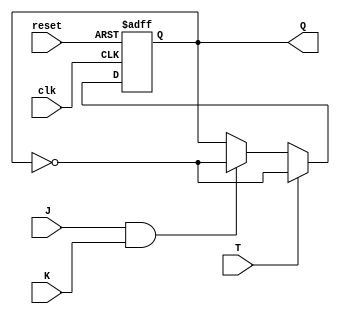
module tjk_ff (
    input wire clk,
    input wire reset,
    input wire T,
    input wire J,
    input wire K,
    output reg Q
);

always @(posedge clk or posedge reset) begin
    if (reset) begin
        Q <= 1'b0;
    end else if (T) begin
        Q <= ~Q;
    end else if (J & K) begin
        Q <= ~Q;
    end
end

endmodule